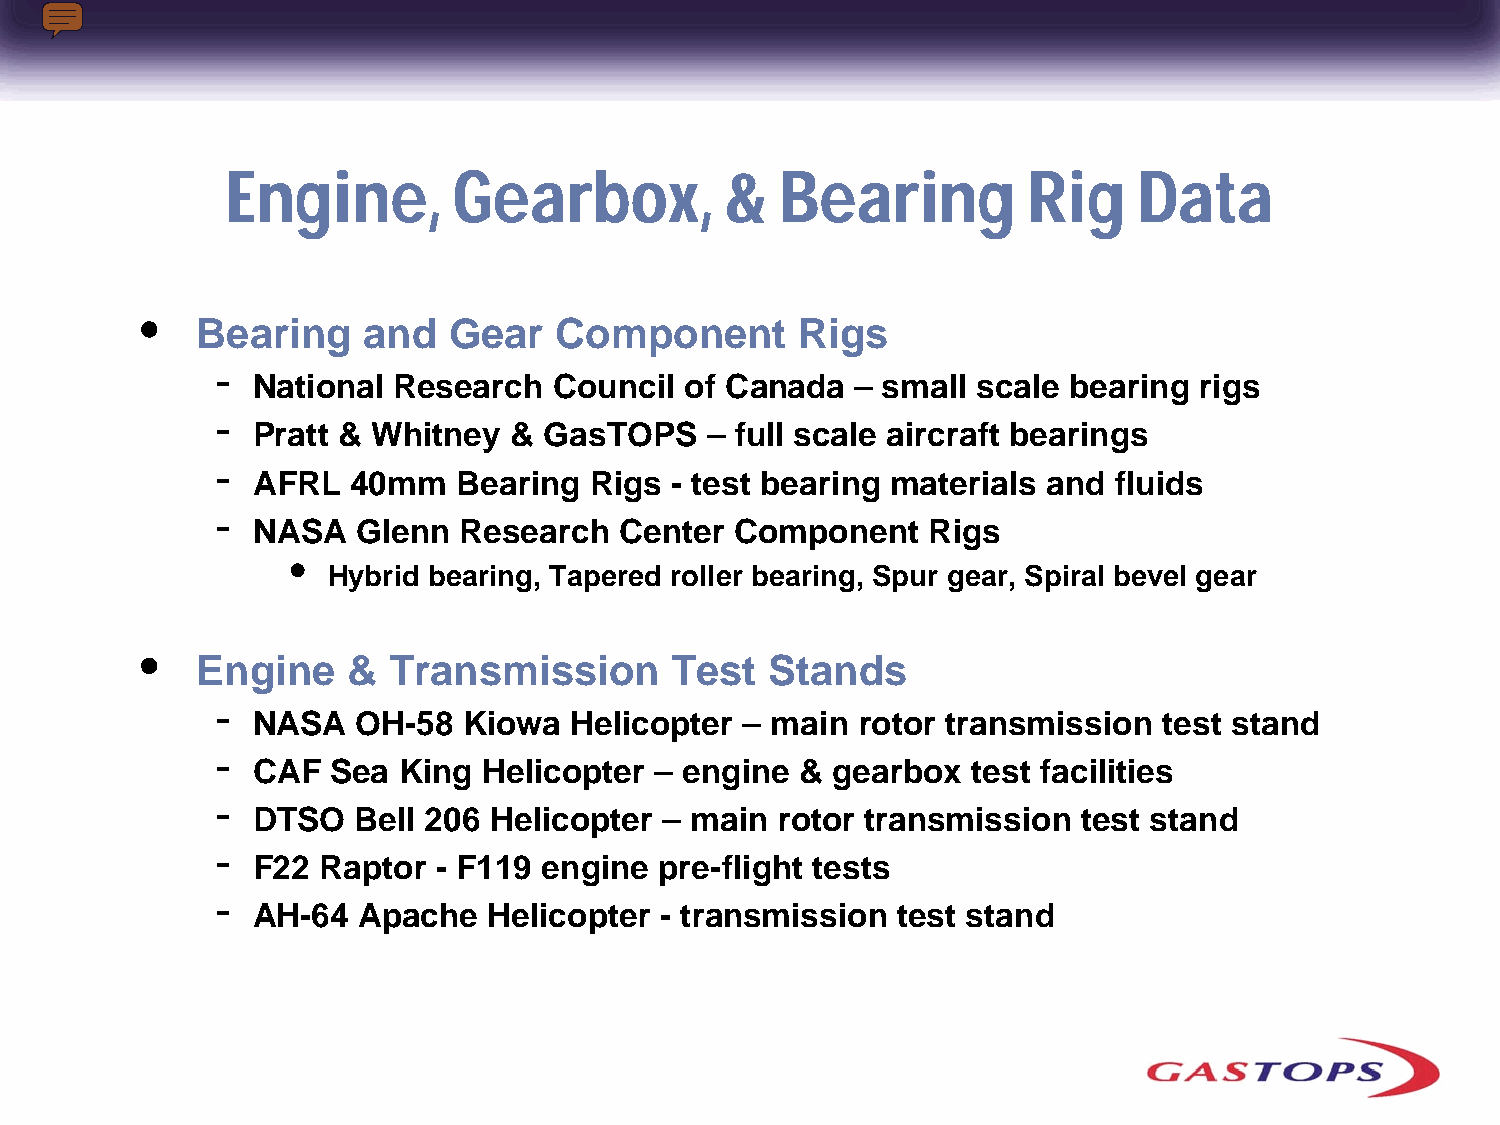
Engine,        Gearbox,          &   Bearing         Rig    Data
 •
 Bearing    and   Gear   Component       Rigs
 -
 National Research   Council of Canada   – small scale bearing rigs
 -
 Pratt & Whitney  & GasTOPS    – full scale aircraft bearings
 -
 AFRL  40mm   Bearing  Rigs - test bearing materials and  fluids
 -
 NASA   Glenn Research   Center  Component   Rigs
 •
 Hybrid bearing, Tapered roller bearing, Spur gear, Spiral bevel gear
 •
 Engine    &  Transmission      Test   Stands
 -
 NASA   OH-58  Kiowa  Helicopter – main  rotor transmission  test stand
 -
 CAF  Sea King  Helicopter – engine  & gearbox  test facilities
 -
 DTSO  Bell 206 Helicopter  – main rotor transmission   test stand
 -
 F22 Raptor  - F119 engine  pre-flight tests
 -
 AH-64  Apache  Helicopter  - transmission test stand